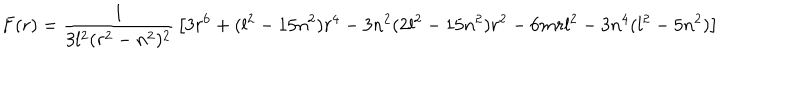
F ( r ) = { \frac { 1 } { 3 l ^ { 2 } ( r ^ { 2 } - n ^ { 2 } ) ^ { 2 } } } \left[ 3 r ^ { 6 } + ( l ^ { 2 } - 1 5 n ^ { 2 } ) r ^ { 4 } - 3 n ^ { 2 } ( 2 l ^ { 2 } - 1 5 n ^ { 2 } ) r ^ { 2 } - 6 m r l ^ { 2 } - 3 n ^ { 4 } ( l ^ { 2 } - 5 n ^ { 2 } ) \right]